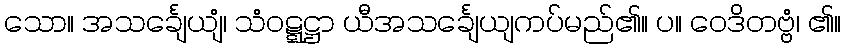
သော။ အသင်္ချေယျံ၊ သံဝဋ္ဋဋ္ဌာ ယီအသင်္ချေယျကပ်မည်၏။ ပ။ ဝေဒိတဗ္ဗံ၊ ၏။